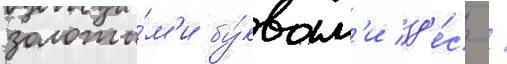
золоты́м'и бу́квам'и зд'е́сь /